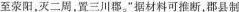
至荥阳，灭二周，置三川郡。”据材料可推断，郡县制